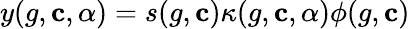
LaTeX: y(g,\mathbf{c},\alpha)=s(g,\mathbf{c})\kappa(g,\mathbf{c},\alpha)\phi(g,\mathbf{c})